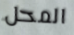
المحل